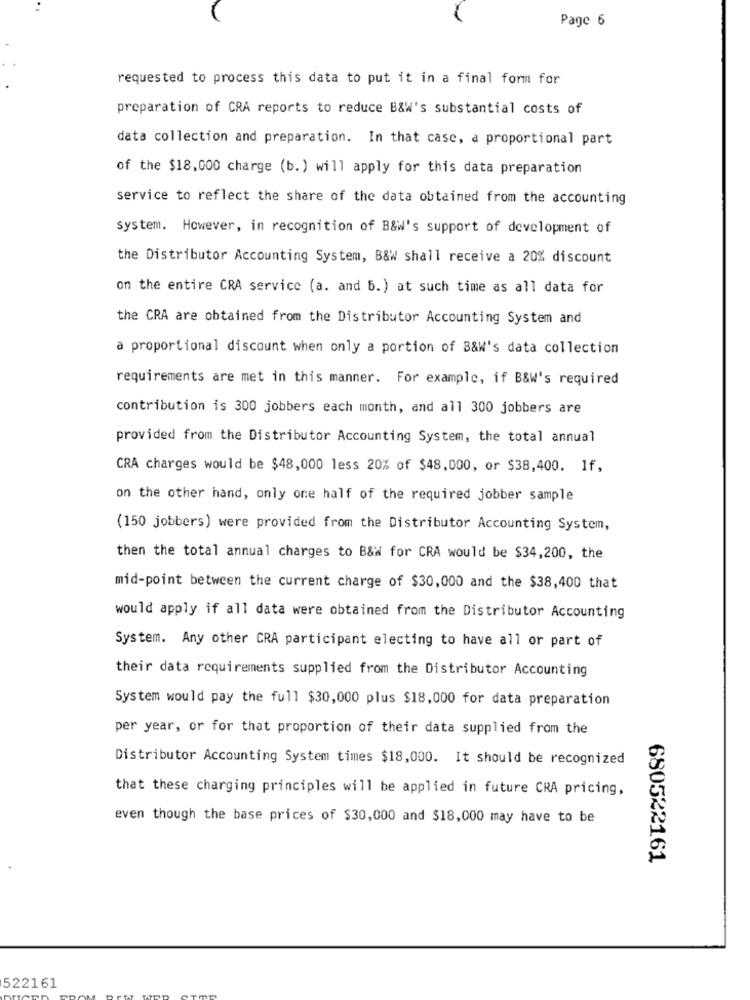
Page 6
requested to process this data to put it in a final form for
preparation of CRA reports to reduce B&W's substantial costs of
data collection and preparation. In that case, a proportional part
of the $18,000 charge (b. ) will apply for this data preparation
service to reflect the share of the data obtained from the accounting
system. However, in recognition of B&w's support of development of
the Distributor Accounting System, B&W shall receive a 20% discount
on the entire CRA service (a. and b.) at such time as all data for
the CRA are obtained from the Distributor Accounting System and
a proportional discount when only a portion of B&W's data collection
requirements are met in this manner. For example, if B&W's required
contribution is 300 jobbers each month, and all 300 jobbers are
provided from the Distributor Accounting System, the total annual
CRA charges would be $48,000 less 20% of $48,000, or $38,400. If,
on the other hand, only one half of the required jobber sample
(150 jobbers) were provided from the Distributor Accounting System,
then the total annual charges to B&W for CRA would be $34,200, the
mid-point between the current charge of $30,000 and the $38,400 that
would apply if all data were obtained from the Distributor Accounting
System. Any other CRA participant electing to have all or part of
their data requirements supplied from the Distributor Accounting
System would pay the full $30,000 plus $18,000 for data preparation
per year, or for that proportion of their data supplied from the
Distributor Accounting System times $18,000. It should be recognized
that these charging principles will be applied in future CRA pricing,
even though the base prices of $30,000 and $18,000 may have to be
680522161
522161